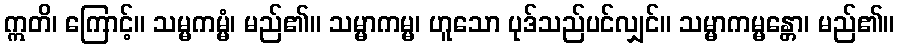
ဣတိ၊ ကြောင့်။ သမ္မကမ္မံ၊ မည်၏။ သမ္မာကမ္မ၊ ဟူသော ပုဒ်သည်ပင်လျှင်။ သမ္မာကမ္မန္တော၊ မည်၏။